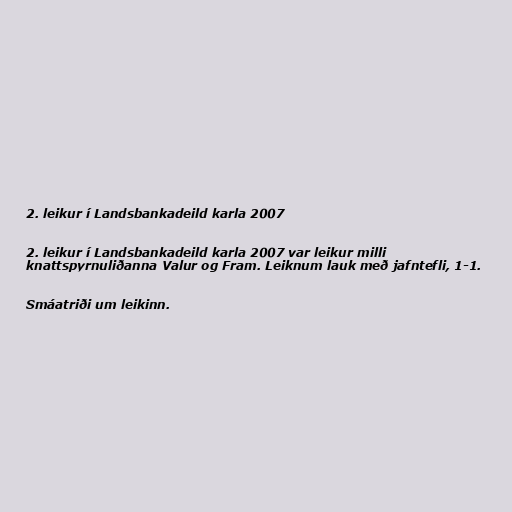
2. leikur í Landsbankadeild karla 2007

2. leikur í Landsbankadeild karla 2007 var leikur milli
knattspyrnuliðanna Valur og Fram. Leiknum lauk með jafntefli, 1-1.

Smáatriði um leikinn.